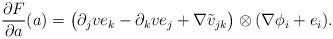
LaTeX: \begin{align*}\frac{\partial F}{\partial a}(a)=\big(\partial_jve_k-\partial_kve_j+\nabla\tilde v_{jk}\big)\otimes (\nabla\phi_i+e_i).\end{align*}